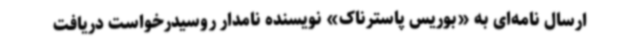
ارسال نامه‌ای به «بوریس پاسترناک» نویسنده نامدار روسیدرخواست دریافت